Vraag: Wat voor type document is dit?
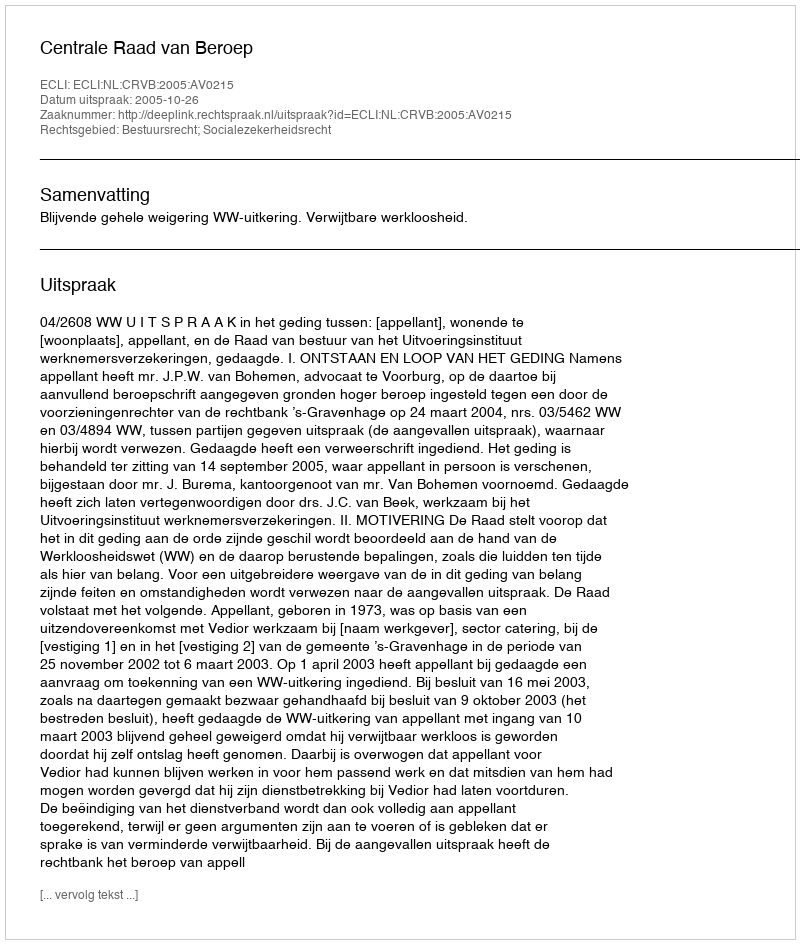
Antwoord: Uitspraak